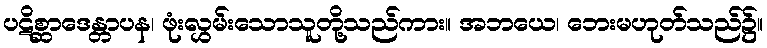
ပဋိစ္ဆာဒေန္တာပန၊ ဖုံးလွှမ်းသောသူတို့သည်ကား။ အဘယေ၊ ဘေးမဟုတ်သည်၌။